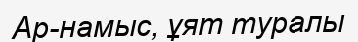
Ар-намыс, ұят туралы